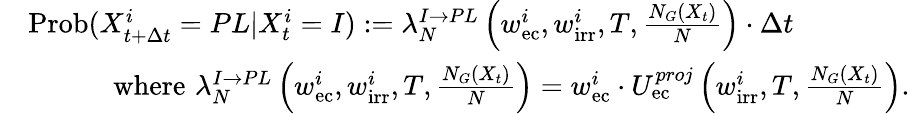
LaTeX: \begin{array}{rl}&{\mathrm{Prob}(X_{t+\Delta t}^{i}=PL|X_{t}^{i}=I):=\lambda_{N}^{I\rightarrow PL}\left(w_{\mathrm{ec}}^{i},w_{\mathrm{irr}}^{i},T,\frac{N_{G}(X_{t})}{N}\right)\cdot\Delta t}\\ &{\quad\quad\quad\mathrm{where}\, \, \lambda_{N}^{I\rightarrow PL}\left(w_{\mathrm{ec}}^{i},w_{\mathrm{irr}}^{i},T,\frac{N_{G}(X_{t})}{N}\right)=w_{\mathrm{ec}}^{i}\cdot U_{\mathrm{ec}}^{proj}\left(w_{\mathrm{irr}}^{i},T,\frac{N_{G}(X_{t})}{N}\right).}\end{array}